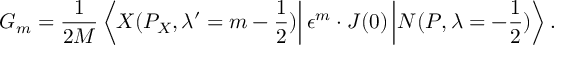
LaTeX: G _ { m } = \frac { 1 } { 2 M } \left\langle X ( P _ { X } , \lambda ^ { \prime } = m - \frac { 1 } { 2 } ) \right| \epsilon ^ { m } \cdot J ( 0 ) \left| N ( P , \lambda = - \frac { 1 } { 2 } ) \right\rangle .